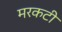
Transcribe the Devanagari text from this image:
मरकटी